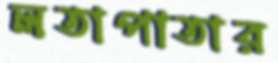
লতাপাতার